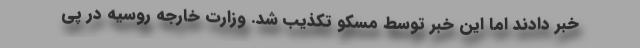
خبر دادند اما این خبر توسط مسکو تکذیب شد. وزارت خارجه روسیه در پی